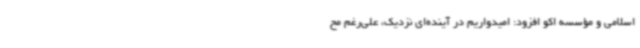
اسلامی و مؤسسه اکو افزود: امیدواریم در آینده‌ای نزدیک، علی‌رغم مح